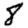
Digit: 8